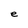
Character: e